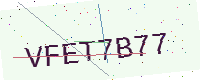
Text: VFET7B77